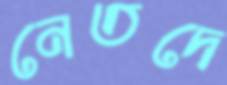
নেতদে